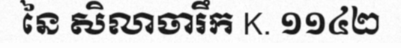
នៃ សិលាចារឹក K. ១១៤២